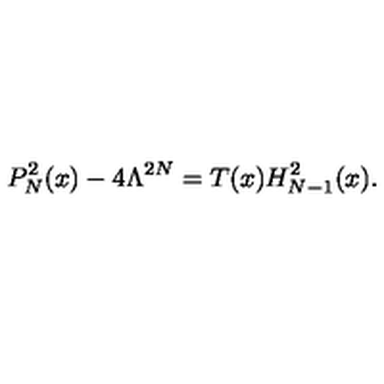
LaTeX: P _ { N } ^ { 2 } ( x ) - 4 \Lambda ^ { 2 N } = T ( x ) H _ { N - 1 } ^ { 2 } ( x ) .